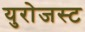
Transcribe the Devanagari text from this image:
युरोजस्ट